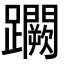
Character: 𨇮